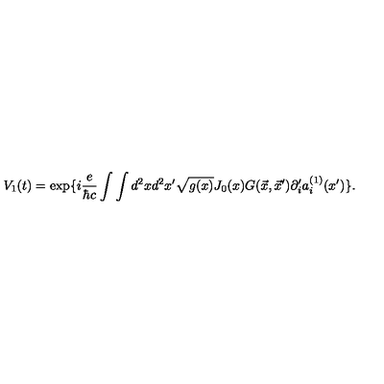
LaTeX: V _ { 1 } ( t ) = \exp \{ i { \frac { e } { \hbar c } } \int \int d ^ { 2 } x d ^ { 2 } x ^ { \prime } \sqrt { g ( x ) } J _ { 0 } ( x ) G ( \vec { x } , \vec { x } ^ { \prime } ) \partial _ { i } ^ { \prime } a _ { i } ^ { ( 1 ) } ( x ^ { \prime } ) \} .